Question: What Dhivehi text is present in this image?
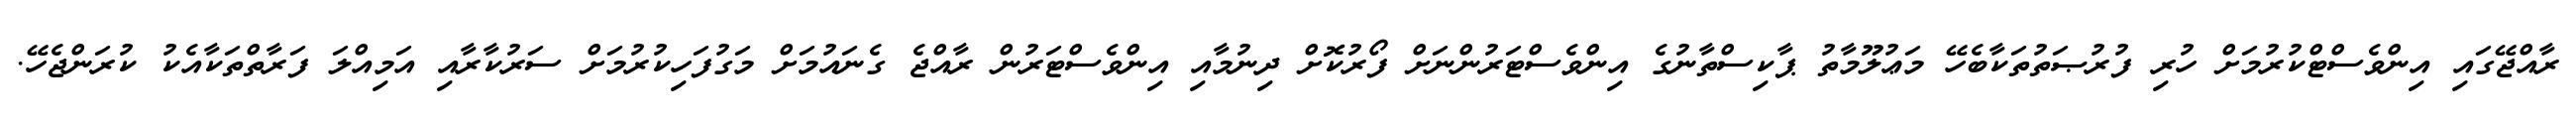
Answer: ރާއްޖޭގައި އިންވެސްޓްކުރުމަށް ހުރި ފުރުޞަތުތަކާބެހޭ މަޢުލޫމާތު ޕާކިސްތާނުގެ އިންވެސްޓަރުންނަށް ފޯރުކޮށް ދިނުމާއި އިންވެސްޓަރުން ރާއްޖެ ގެނައުމަށް މަގުފަހިކުރުމަށް ސަރުކާރާއި އަމިއްލަ ފަރާތްތަކާއެކު ކުރަންޖެހޭ.